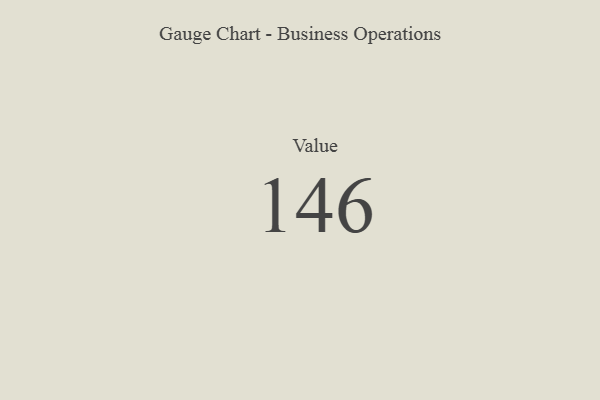
{"axis": {"x": "Metric", "y": "Value"}, "legend": [""], "data": [{"x": "Value", "y": 146, "type": ""}]}